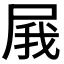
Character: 𡱫